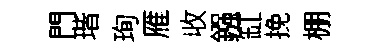
門瑎珣雁收鏹缸挽棚